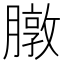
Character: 𫜶